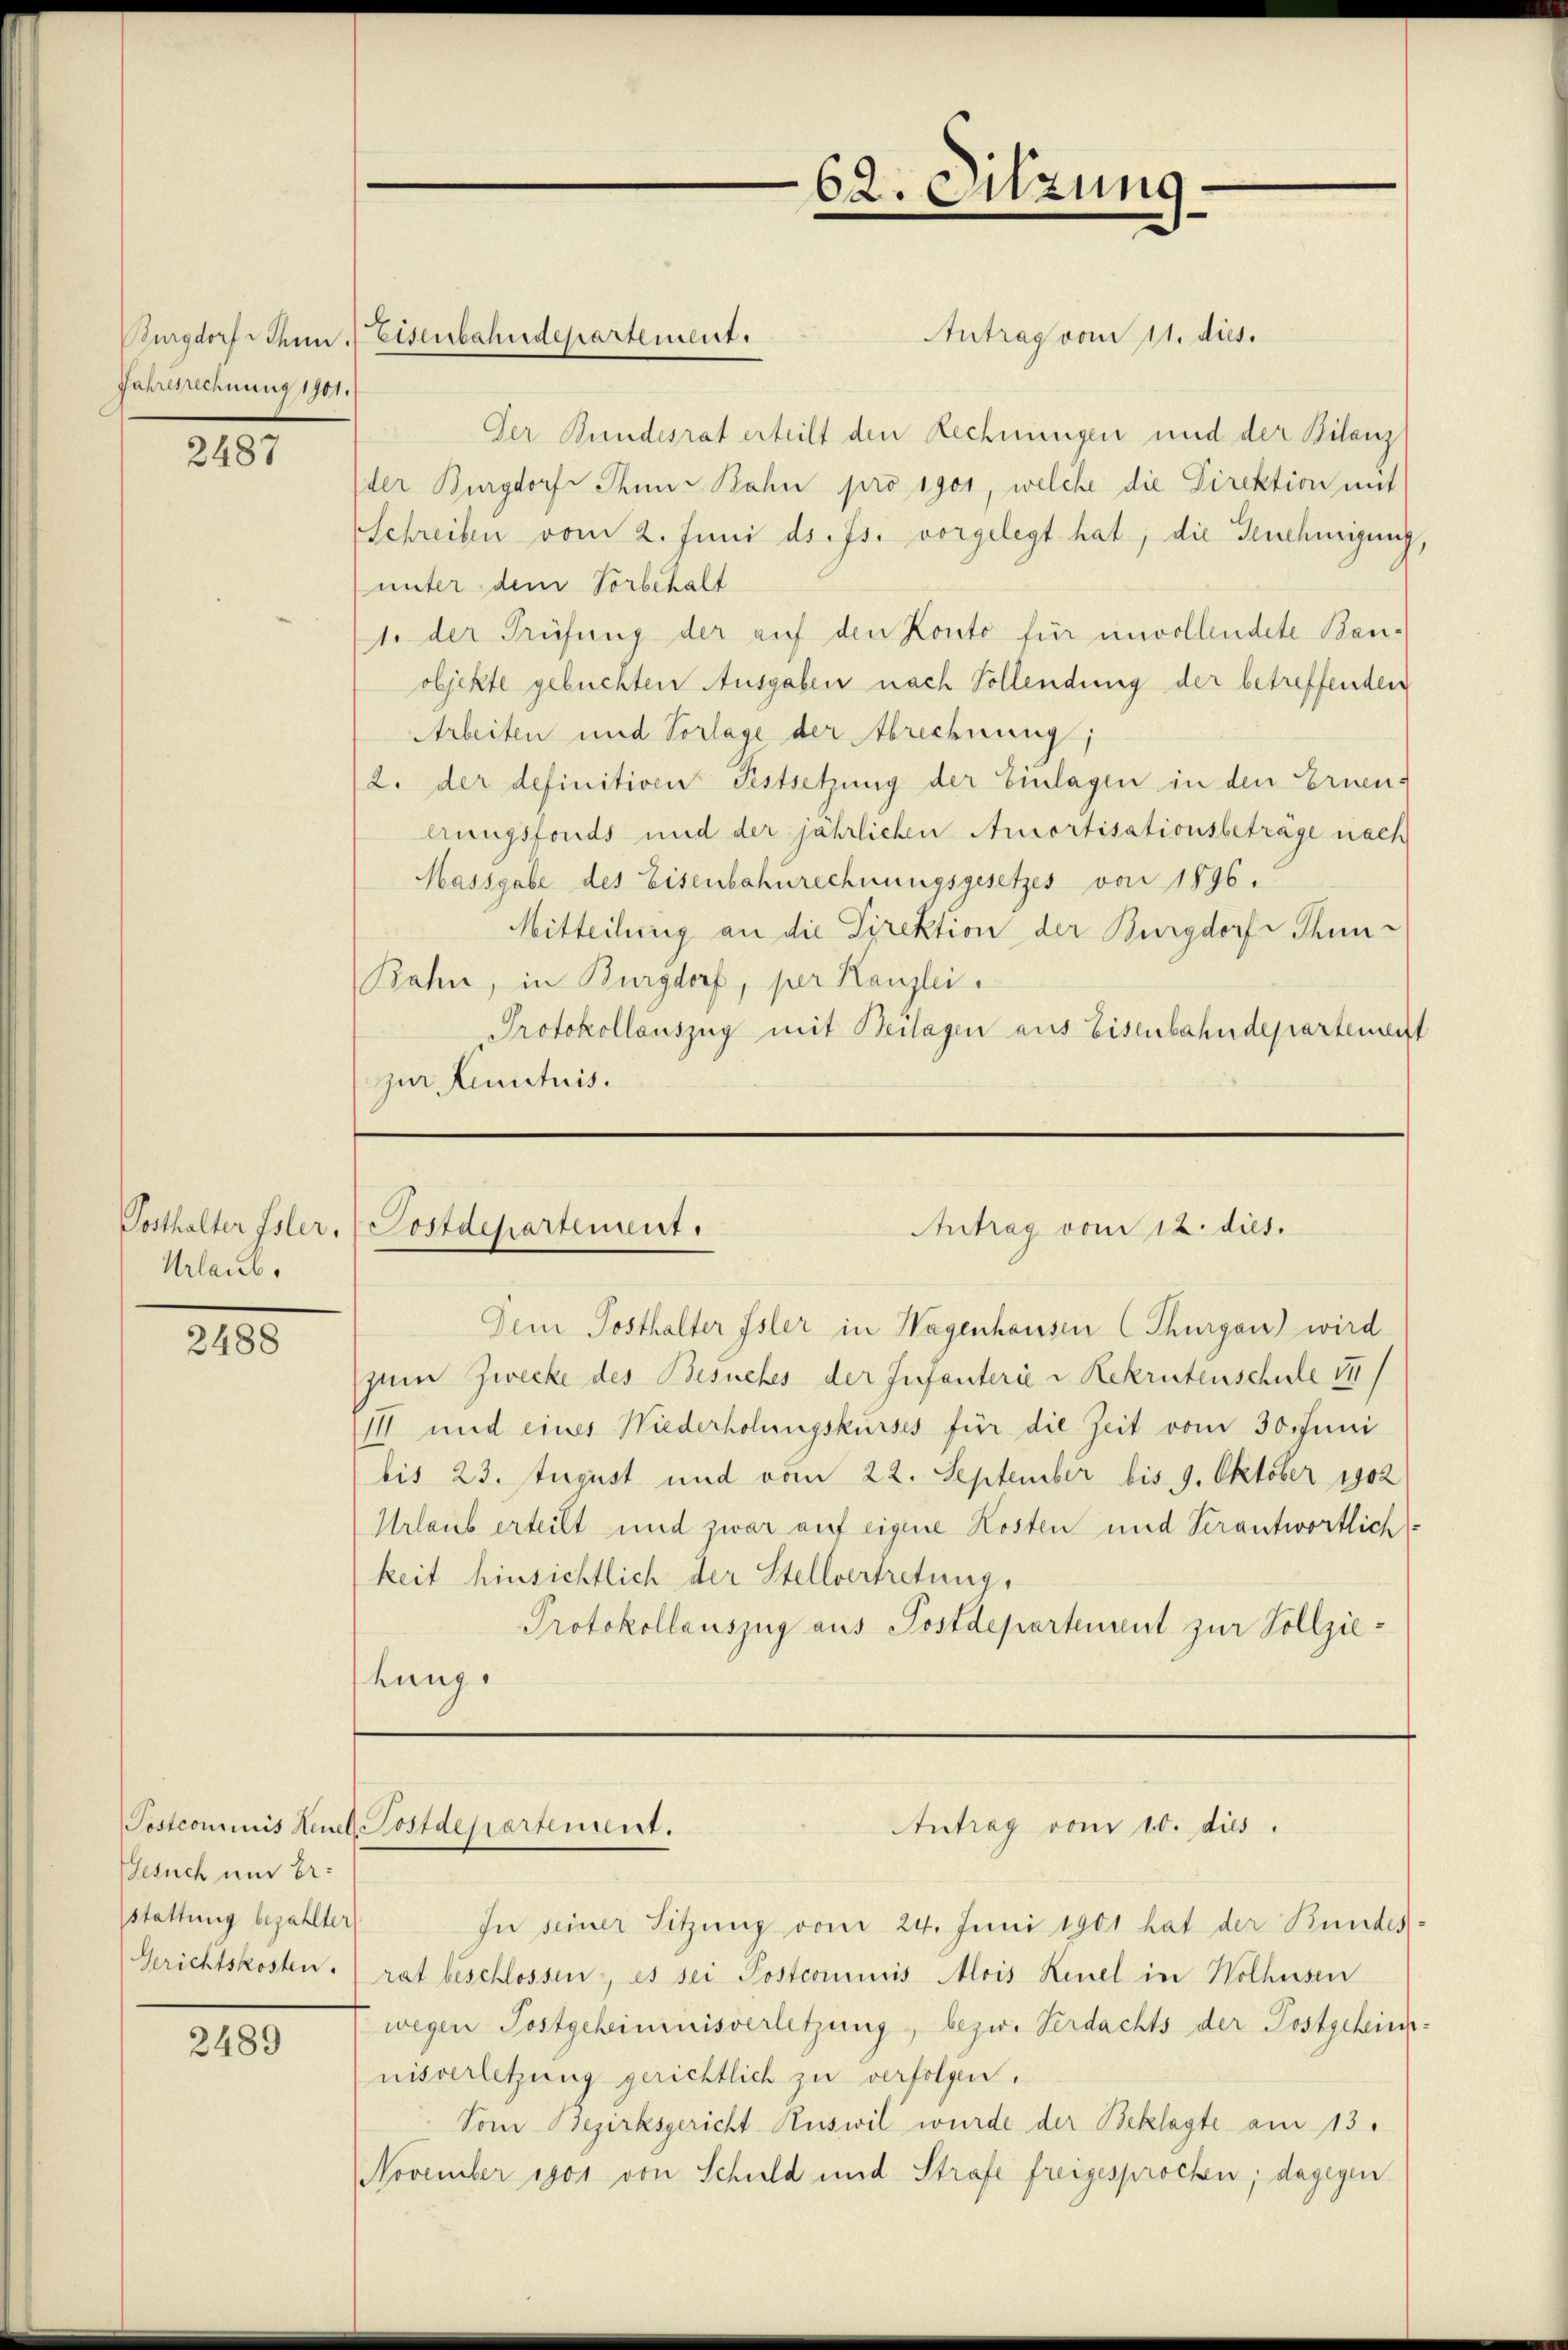
Fahrenrechnung 1901.

2487

Urlaub.

2488

Gesuch und Erstattung bezahlter

2489

Antrag vom 11. dies.
Burgdorf Thun. Eisenbahndepartement.
Der Bundesrat erteilt den Rechnungen und der Bilanz
der Burgdorf Thun Bahn pro 1901, welche die Direktion mit
Schreiben vom 2. Juni d. Js. vorgelegt hat, die Genehmigung,
unter dem Vorbehalt
1. der Prüfung der auf den Konto für unvollendete Bau-
objekte gebuchten Ausgaben nach Vollendung der betreffenden
Arbeiten und Vorlage der Abrechnung;
/2. der definitiven Festsetzung der Einlagen in den Ernen-
hrungsfonds und der jährlichen Amortisationsbeträge nach
Massgabe des Eisenbahnrechnungsgesetzes von 1896.
Mitteilung an die Direktion der Burgdorf Thun-
Bahn, in Burgdorf, per Kanzlei.
Protokollauszug mit Beilagen aus Eisenbahndepartement
zur Lenictuis.

Dem Posthalter Isler in Wagenhausen (Thurgau wird
zum Zwecke des Besuches der Infanterie u Rekrutenschule 14/
III und eines Niederholungskurses für die Zeit vom 30. Juni
bis 23. August und vom 22. September bis 9. Oktober 1902
Urlaub erteilt und zwar auf eigene Kosten und Verantwortlich
keit hinsichtlich der Stellvertretung,
Protokollauszug aus Postdepartement zur Vollziekung.

Posthalter Isler, Postdepartement.
Antrag vom 12. dies.

Postcommis Neuel, Postdepartement.

In seiner Sitzung vom 24. Juni 1901 hat der Bundes-
Gerichtskosten rat beschlossen, es sei Postcommis Alois Leuel in Wolhusen
wegen Postgeheimnisverletzung, bezw. Verdachts der Postgeheinnisverletzung gerichtlich zu verfolgen.
Vom Bezirksgericht Ruswil wurde der Beklagte am 13.
November 1901 von Schuld und Strafe freigesprochen; dagegen

62. Sitzung

Antrag vom 10. dies